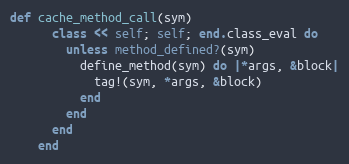
Language: Ruby
def cache_method_call(sym)
      class << self; self; end.class_eval do
        unless method_defined?(sym)
          define_method(sym) do |*args, &block|
            tag!(sym, *args, &block)
          end
        end
      end
    end